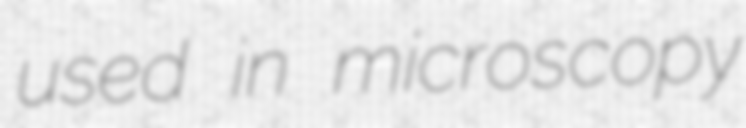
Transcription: used in microscopy